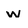
Character: w